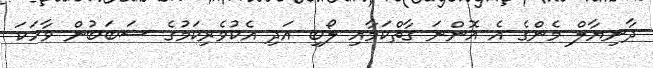
ދާނިޔާލް މެންގެ އެ އޮންނަ ގާތްކަމާއި ލޯބި އަދި އެކުވެރިކަމުގެ ސަބަބުން ވާހަކަ